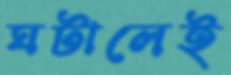
ঘটালেই